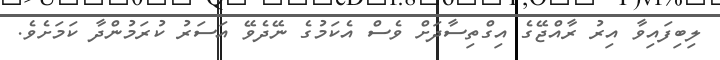
ލިބިފައިވާ އިރު ރާއްޖޭގެ އިގްތިސާދަށް ވެސް އެކަމުގެ ނޭދެވޭ އަސަރު ކުރަމުންދާ ކަމަށެވެ.